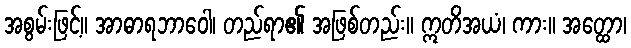
အစွမ်းဖြင့်။ အာဓာရဘာဝေါ၊ တည်ရာ၏ အဖြစ်တည်း။ ဣတိအယံ၊ ကား။ အတ္ထော၊